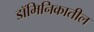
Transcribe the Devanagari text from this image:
डॉमिनिकातील